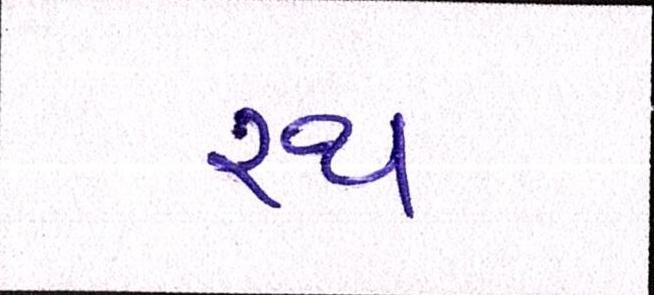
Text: રથ